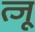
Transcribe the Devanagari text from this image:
त्जू